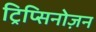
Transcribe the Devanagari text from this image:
ट्रिप्सिनोज़न